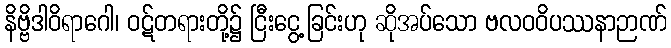
နိဗ္ဗိဒါဝိရာဂေါ၊ ဝဋ်တရားတို့၌ ငြီးငွေ့ခြင်းဟု ဆိုအပ်သော ဗလဝဝိပဿနာဉာဏ်